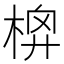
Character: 𣔬